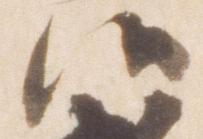
候